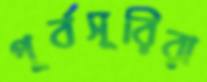
পূর্বসূরিরা